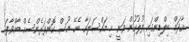
އާދަމް ބިލްޑިންގައި ފުލުހުން ވަނީ މި މައްސަލައާ ބެހޭ ނޫސް ކޮންފަރެންސެއް ބާއްވާފަ